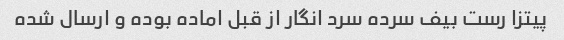
پیتزا رست بیف سرده سرد انگار از قبل اماده بوده و ارسال شده